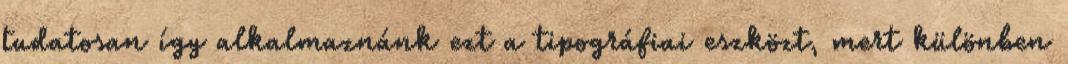
tudatosan így alkalmaznánk ezt a tipográfiai eszközt, mert különben